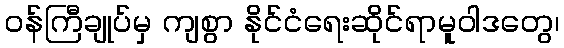
ဝန်ကြီချုပ်မှ ကျစွာ နိုင်ငံရေးဆိုင်ရာမူဝါဒတွေ၊